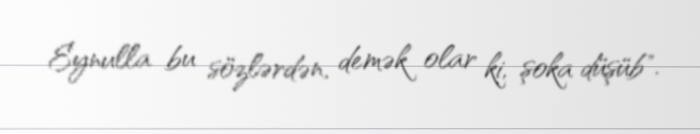
Eynulla bu sözlərdən, demək olar ki, şoka düşüb".